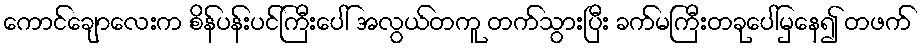
ကောင်ချောလေးက စိန်ပန်းပင်ကြီးပေါ် အလွယ်တကူ တက်သွားပြီး ခက်မကြီးတခုပေါ်မှနေ၍ တဖက်